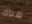
هناك